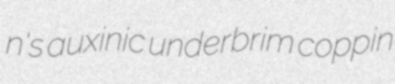
n's auxinic underbrim coppin